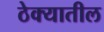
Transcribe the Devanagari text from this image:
ठेक्‍यातील